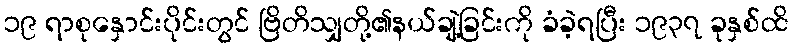
၁၉ ရာစုနှောင်းပိုင်းတွင် ဗြိတိသျှတို့၏နယ်ချဲ့ခြင်းကို ခံခဲ့ရပြီး ၁၉၃၇ ခုနှစ်ထိ